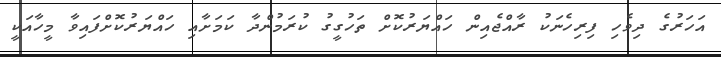
އަހަރުގެ ދިވެހި ފިރިހެނަކު ރާއްޖެއިން ހައްޔަރުކޮށް ތަހުގީގު ކުރަމުންދާ ކަމަށާއި ހައްޔަރުކޮށްފައިވާ މީހާއަކީ